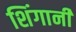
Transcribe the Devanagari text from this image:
शिंगानी